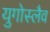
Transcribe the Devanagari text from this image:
युगोस्लैव